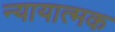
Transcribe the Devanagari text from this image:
न्यायात्मक